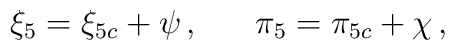
{\xi}_{5}={\xi}_{5c}+\psi\,,~~~~~{\pi}_{5}={\pi}_{5c}+\chi\,,